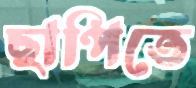
ছাপিতে